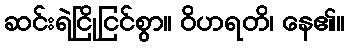
ဆင်းရဲငြိုငြင်စွာ။ ဝိဟရတိ၊ နေ၏။